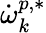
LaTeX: \dot{\omega}_{k}^{p,*}